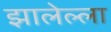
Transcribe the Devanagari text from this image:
झालेल्ला